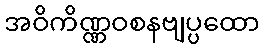
အဝိကိဏ္ဏဝစနဗျပ္ပထော